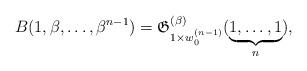
LaTeX: \begin{gather*}B(1,\beta,\ldots,\beta^{n-1})= \mathfrak{G}_{1 \times w_{0}^{(n-1)}}^{(\beta)}(\underbrace{1,\ldots,1}_{n}),\end{gather*}